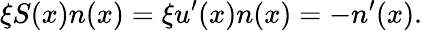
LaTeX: \xi S(x)n(x)=\xi u^{\prime}(x)n(x)=-n^{\prime}(x).